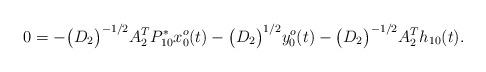
LaTeX: \begin{align*} 0=-\big(D_{2}\big)^{-1/2}A_{2}^{T}P_{1 0}^{*}x_{0}^{o}(t)-\big(D_{2}\big)^{1/2}y_{0}^{o}(t)-\big(D_{2}\big)^{-1/2}A_{2}^{T}h_{1 0}(t).\end{align*}